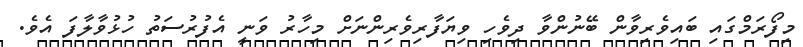
މިފޯރަމްގައި ބައިވެރިވާން ބޭނުންވާ ދިވެހި ވިޔަފާރިވެރިންނަށް މިހާރު ވަނީ އެފުރުސަތު ހުޅުވާލާފަ އެވެ.